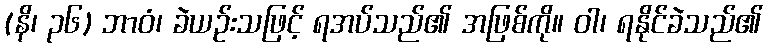
(နိ၊ ၃၆) ဘာဝံ၊ ခဲယဉ်းသဖြင့် ရအပ်သည်၏ အဖြစ်ကို။ ဝါ၊ ရနိုင်ခဲသည်၏